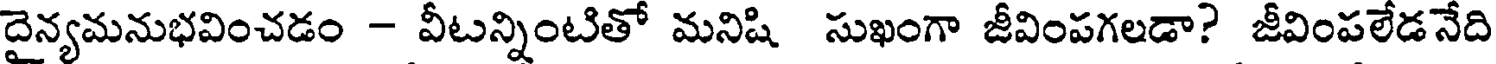
దైన్యమనుభవించడం - వీటన్నింటితో మనిషి సుఖంగా జీవింపగలడా? జీవింపలేడనేది